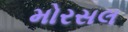
મોરસલ